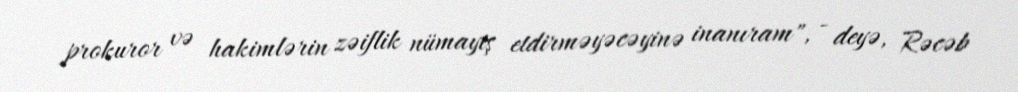
prokuror və hakimlərin zəiflik nümayiş etdirməyəcəyinə inanıram", - deyə, Rəcəb